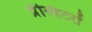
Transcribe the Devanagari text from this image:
प्रेस्बिटरों